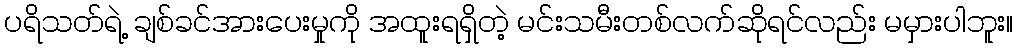
ပရိသတ်ရဲ့ ချစ်ခင်အားပေးမှုကို အထူးရရှိတဲ့ မင်းသမီးတစ်လက်ဆိုရင်လည်း မမှားပါဘူး။